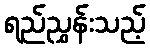
ရည်ညွှန်းသည့်